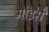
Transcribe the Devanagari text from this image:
मोइसे